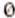
0